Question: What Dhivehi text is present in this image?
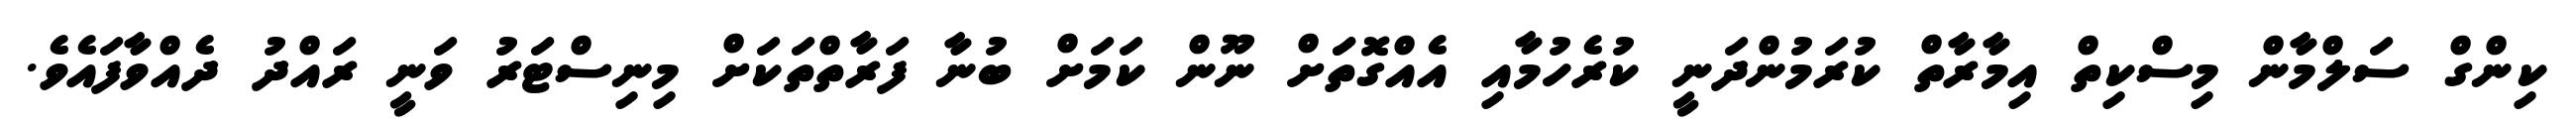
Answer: ކިންގް ސަލްމާން މިސްކިތް އިމާރާތް ކުރަމުންދަނީ ކުރެހުމާއި އެއްގޮތަަށް ނޫން ކަމަށް ބުނާ ފަރާތްތަކަށް މިނިސްޓަރު ވަނީ ރައްދު ދެއްވާފައެވެ.